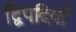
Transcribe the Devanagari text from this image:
द्विपदियाँ